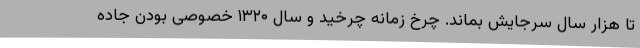
تا هزار سال سرجایش بماند. چرخ زمانه چرخید و سال ۱۳۲۰ خصوصی بودن جاده